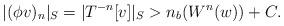
LaTeX: \begin{align*}\lvert(\phi v)_n\rvert_S=\lvert T^{-n}[v]\rvert_S>n_b(W^n(w))+C.\end{align*}